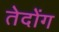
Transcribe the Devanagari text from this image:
तेदोंग